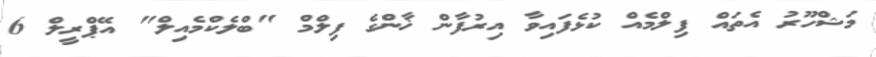
މަޝްހޫރު އެތައް ފިލްމެއް ކުޅެފައިވާ އިރުފާން ޚާންގެ ފިލްމް "ބްލެކްމެއިލް" އޭޕްރީލް 6